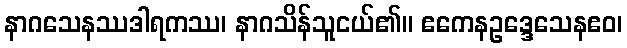
နာဂသေနဿဒါရကဿ၊ နာဂသိန်သူငယ်၏။ ဧကေနဥဒ္ဒေသေနဧဝ၊